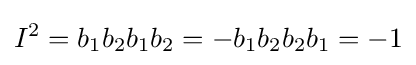
I^{2}=b_{1}b_{2}b_{1}b_{2}=-b_{1}b_{2}b_{2}b_{1}=-1